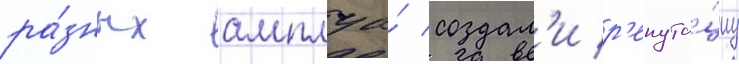
ра́зных амплуа́ создал'и р'епута́циу